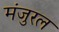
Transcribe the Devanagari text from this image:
मंजुरल